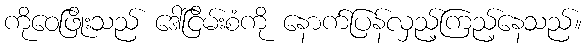
ကိုဝေဖြိုးသည် ဒေါ်ငြိမ်းစံကို နောက်ပြန်လှည့်ကြည့်နေသည်။